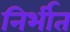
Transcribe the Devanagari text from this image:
निर्भीत